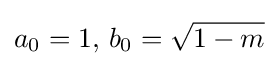
a_{0}=1,\,b_{0}={\sqrt {1-m}}